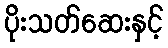
ပိုးသတ်ဆေးနှင့်